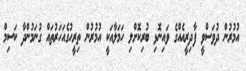
އުމުރުން ދުވަސްވީ ފާދިރީއެއްގެ ވައިނޮޅި ބުރިކޮށްލި ހަމަލާއަކީ އުމުރުން ތިރީހުގެއަހަރުތައް ގުނަމުންދާ ކަސިމް